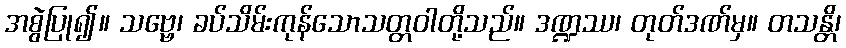
အစွဲပြု၍။ သဗ္ဗေ၊ ခပ်သိမ်းကုန်သောသတ္တဝါတို့သည်။ ဒဏ္ဍဿ၊ တုတ်ဒဏ်မှ။ တသန္တိ၊